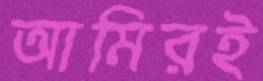
আমিরই